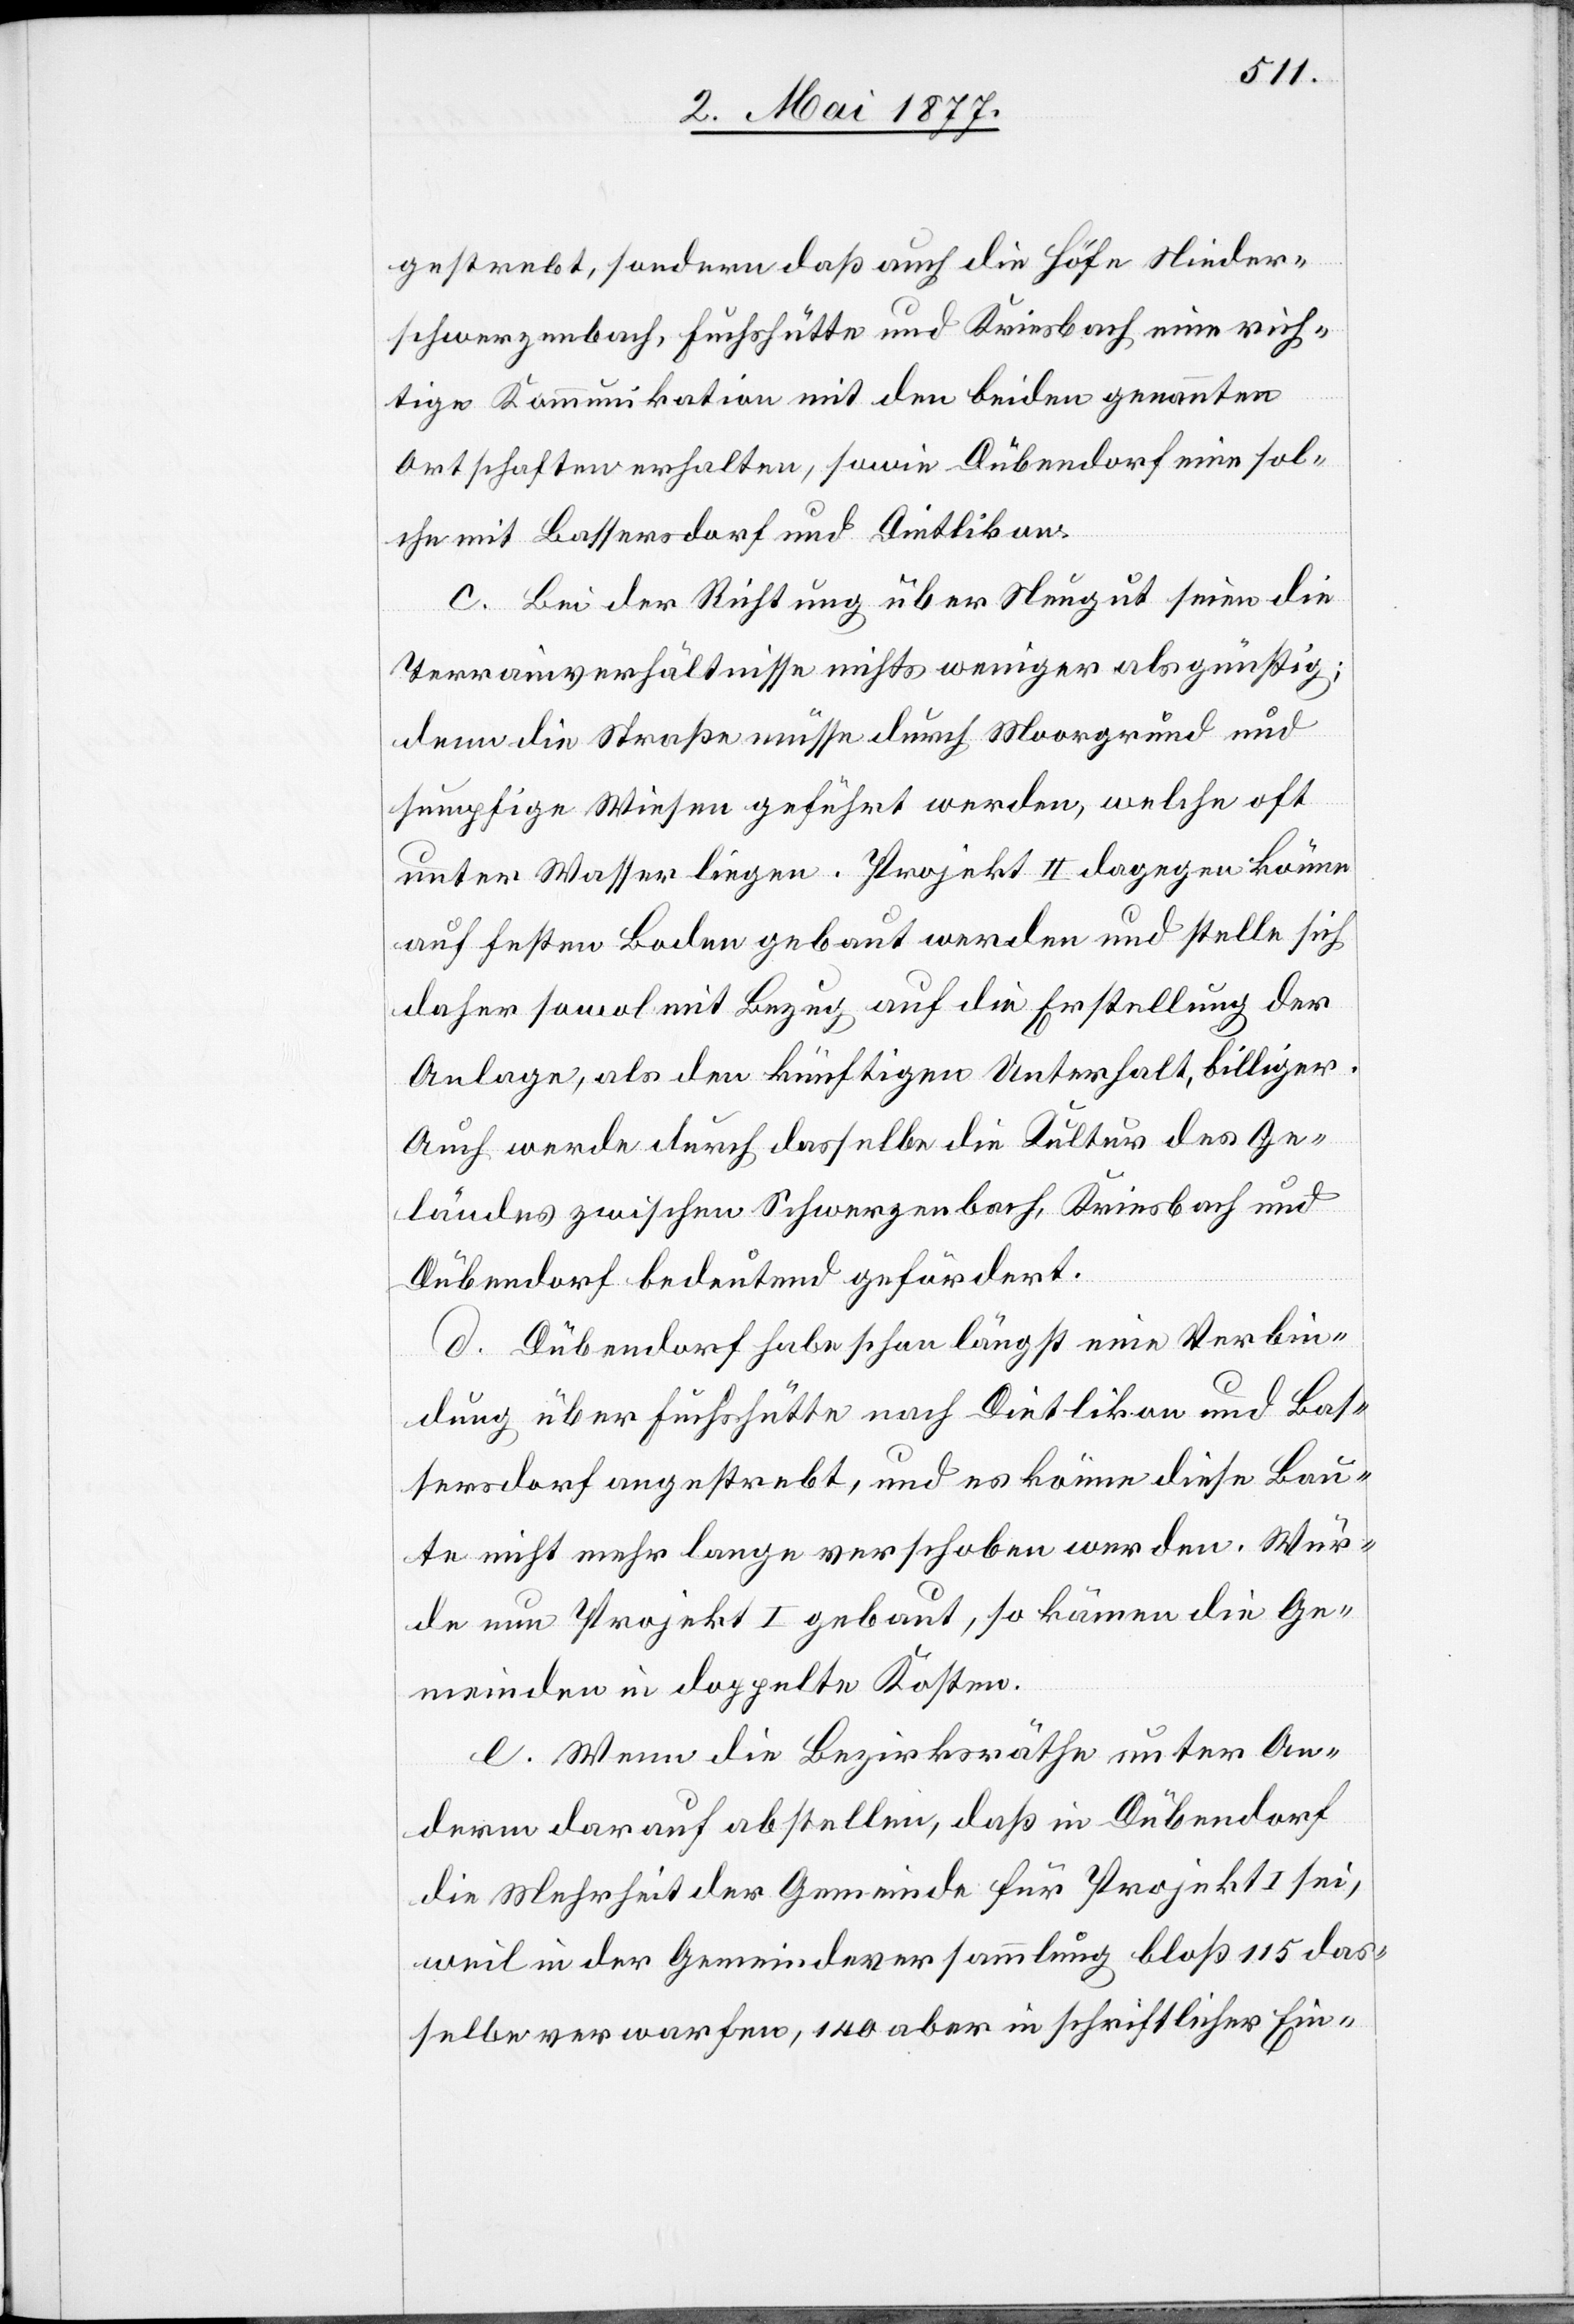
gestrebt, sondern daß auch die Höfe Nieder¬
schwerzenbach, Fuchshütte und Kriesbach eine rich¬
tige Kommunikation mit den beiden genannten
Ortschaften erhalten, sowie Dübendorf eine sol¬
che mit Bassersdorf und Dietlikon.
c. Bei der Richtung über Neugut seien die
Terrainverhältnisse nichts weniger als günstig;
denn die Straße müsse durch Moorgrund und
sumpfige Wiesen geführt werden, welche oft
unter Wasser liegen. Projekt II dagegen könne
auf festen Boden gebaut werden und stelle sich
daher sowol mit Bezug auf die Erstellung der
Anlage, als den künftigen Unterhalt, billiger.
Auch werde durch dasselbe die Kultur des Ge¬
ländes zwischen Schwerzenbach, Kriesbach und
Dübendorf bedeutend gefördert.
d. Dübendorf habe schon längst eine Verbin¬
dung über Fuchshütte nach Dietlikon und Bas¬
sersdorf angestrebt, und es könne diese Bau¬
te nicht mehr lange verschoben werden. Wür¬
de nun Projekt I gebaut, so kämen die Ge¬
meinden in doppelte Kosten.
e. Wenn die Bezirksräthe unter An¬
derm darauf abstellen, daß in Dübendorf
die Mehrheit der Gemeinde für Projekt I sei,
weil in der Gemeindeversammlung bloß 115 das¬
selbe verwarfen, 140 aber in schriftlicher Ein-